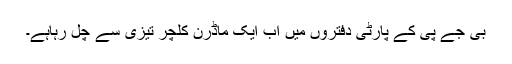
بی جے پی کے پارٹی دفتروں میں اب ایک ماڈرن کلچر تیزی سے چل رہاہے۔